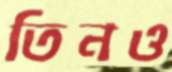
তিনও